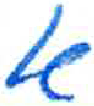
אות: א